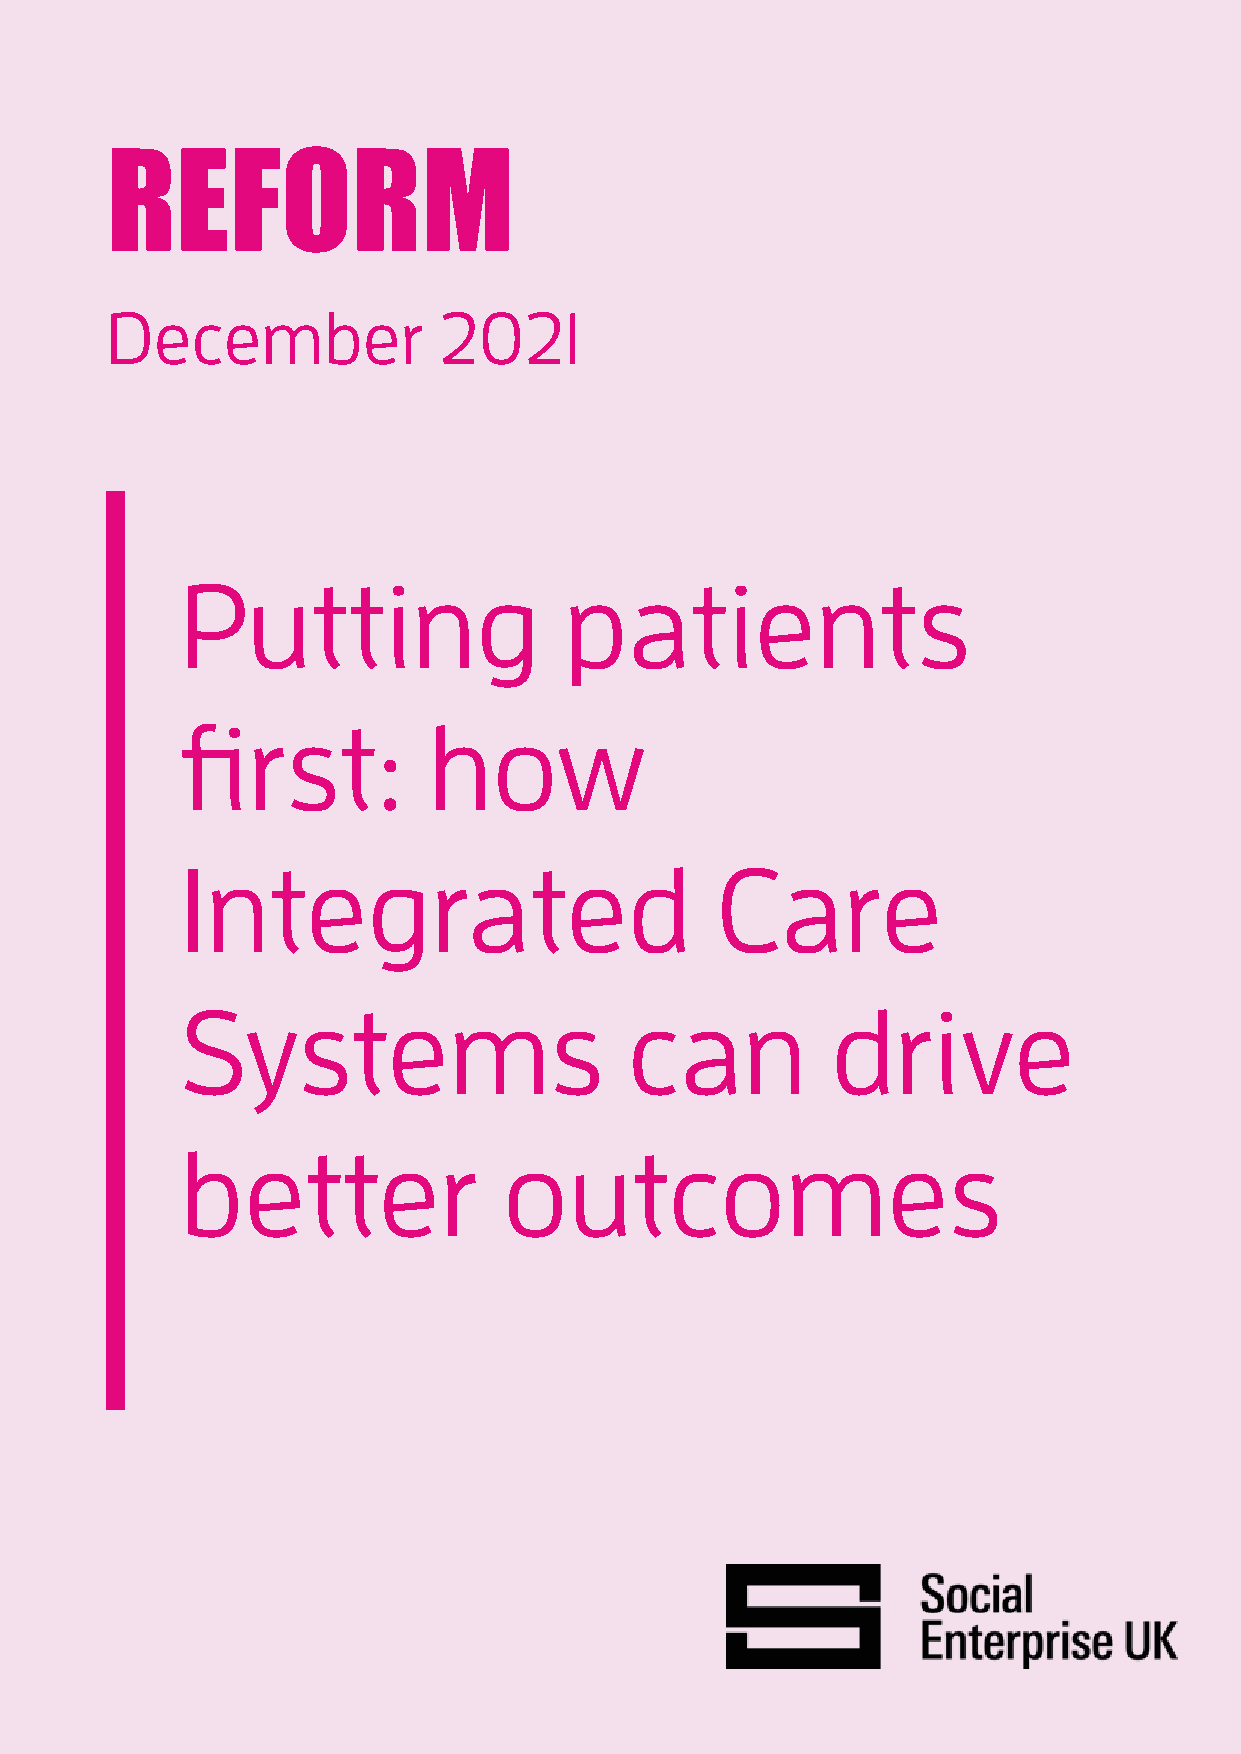
REFORM
 December              2021
 Putting                  patients
 first:          how
 Integrated                         Care
 Systems                       can          drive
 better               outcomes